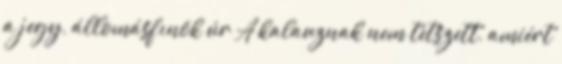
a jegy, állomásfınök úr A kalauznak nem tetszett, amiért